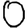
Digit: 0